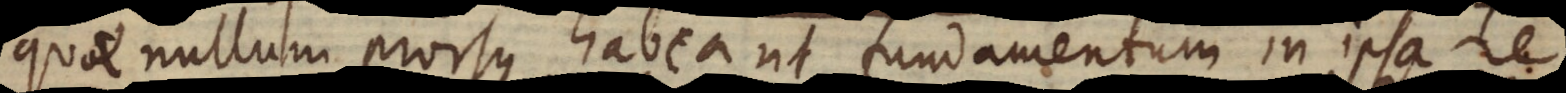
quae nullum prorsus habeant fundamentum in ipsa re